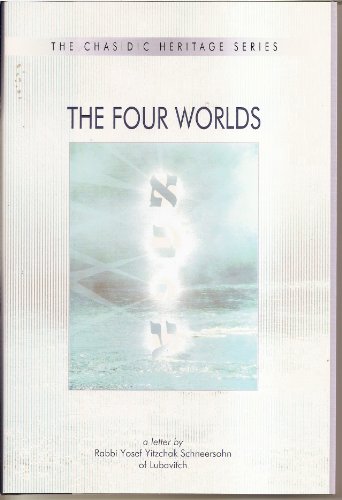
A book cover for The Four Worlds: A Guide to the Kabbalistic Landscape of Creation (Chasidic Heritage); Yosef Y. Schneersohn; Religion & Spirituality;